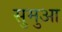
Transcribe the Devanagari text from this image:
सुमुआ